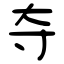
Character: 夺